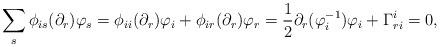
LaTeX: \begin{align*} \sum_s\phi_{is}(\partial_r)\varphi_s&=\phi_{ii}(\partial_r)\varphi_i+\phi_{ir}(\partial_r)\varphi_r=\frac{1}{2}\partial_r(\varphi^{-1}_i)\varphi_i+\Gamma_{ri}^i=0, \end{align*}